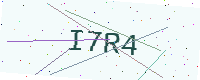
Text: I7R4